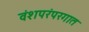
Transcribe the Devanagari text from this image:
वंशपरंपरगात